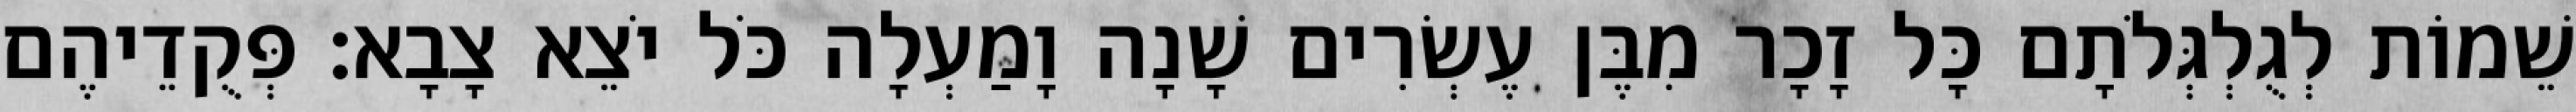
שֵׁמוֹת לְגֻלְגְּלֹתָם כָּל זָכָר מִבֶּן עֶשְׂרִים שָׁנָה וָמַעְלָה כֹּל יֹצֵא צָבָא׃ פְּקֻדֵיהֶם